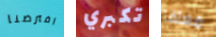
افترضنا تكبري معلقا